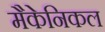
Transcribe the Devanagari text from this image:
मैकेनिकल